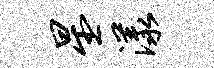
星漾